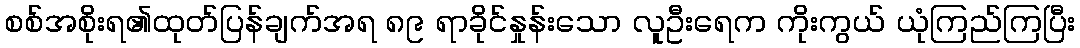
စစ်အစိုးရ၏ထုတ်ပြန်ချက်အရ ၈၉ ရာခိုင်နှုန်းသော လူဦးရေက ကိုးကွယ် ယုံကြည်ကြပြီး